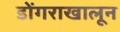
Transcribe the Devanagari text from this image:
डोंगराखालून